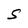
Character: S